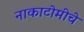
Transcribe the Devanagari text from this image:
नाकाटोमीचे